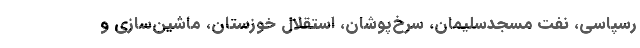
رسپاسی، نفت مسجدسلیمان، سرخ‌پوشان، استقلال خوزستان، ماشین‌سازی و